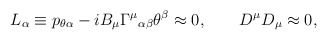
\begin{align*}L_\alpha\equiv p_{\theta\alpha}- iB_\mu{\Gamma^\mu}_{\alpha\beta}\theta^\beta\approx 0, \qquad D^\mu D_\mu\approx0,\end{align*}